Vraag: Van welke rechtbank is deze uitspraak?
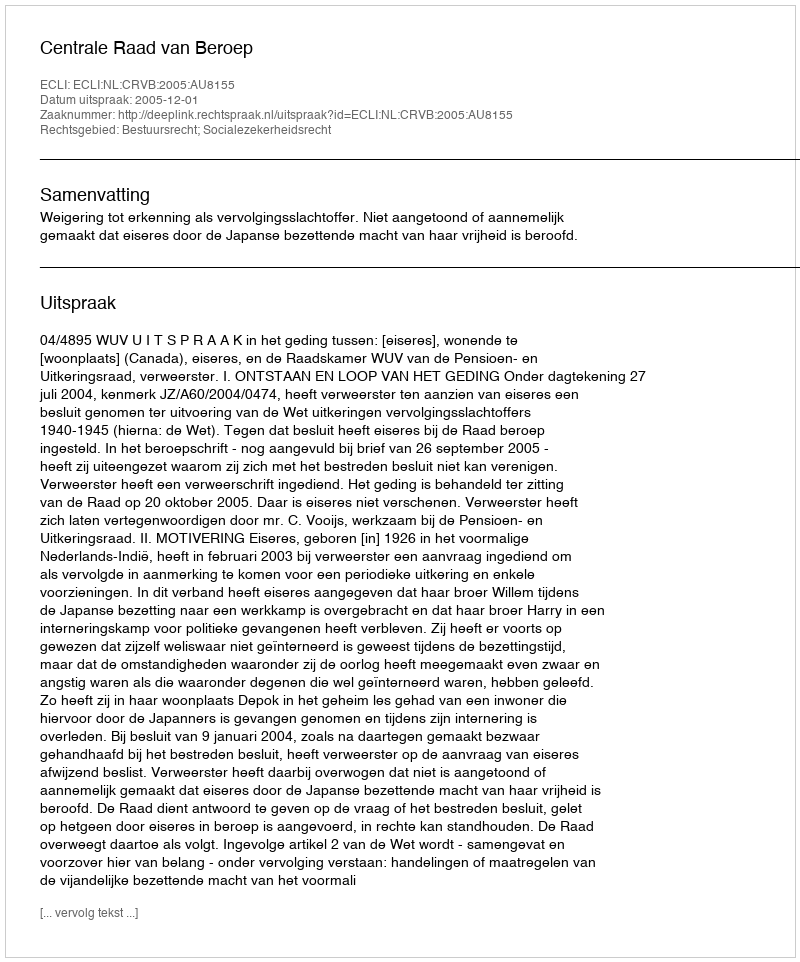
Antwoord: Centrale Raad van Beroep